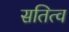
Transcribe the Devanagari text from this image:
सतित्व